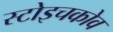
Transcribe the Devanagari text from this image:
स्टोइचकोव